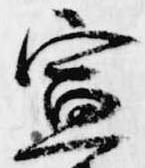
宣